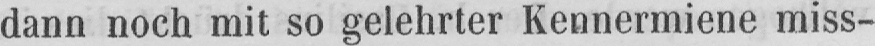
dann noch mit so gelehrter Kennermiene miss-